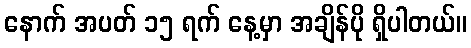
နောက် အပတ် ၁၅ ရက် နေ့မှာ အချိန်ပို ရှိပါတယ်။